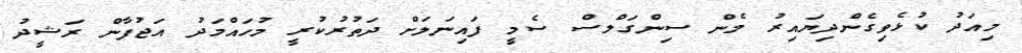
މިއަދު ކުޅެވިގެންދިޔައިރު މެން ސިންގަލްސް ސެމީ ފައިނަލަށް ދަތުރުކުރީ މުހައްމަދު އަޖުފާން ރަޝީދު